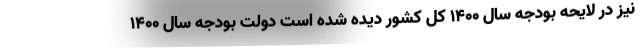
نیز در لایحه بودجه سال ۱۴۰۰ کل کشور دیده شده است دولت بودجه سال ۱۴۰۰